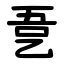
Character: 㐚